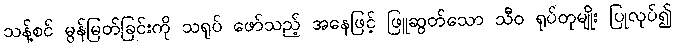
သန့်စင် မွန်မြတ်ခြင်းကို သရုပ် ဖော်သည့် အနေဖြင့် ဖြူဆွတ်သော သီဝ ရုပ်တုမျိုး ပြုလုပ်၍